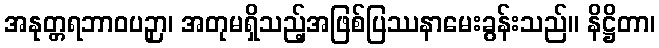
အနုတ္တရဘာဝပဉှာ၊ အတုမရှိသည့်အဖြစ်ပြဿနာမေးခွန်းသည်။ နိဋ္ဌိတာ၊